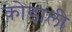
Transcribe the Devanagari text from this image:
कोडाली